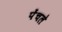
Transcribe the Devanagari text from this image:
पेंचले